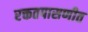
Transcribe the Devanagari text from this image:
रक्ततपासणीत